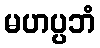
မဟပ္ပဘံ